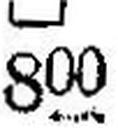
800